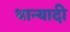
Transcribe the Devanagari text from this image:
धान्यादी